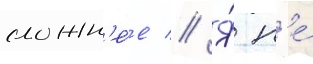
сложн'е́е // Я́ н'е́